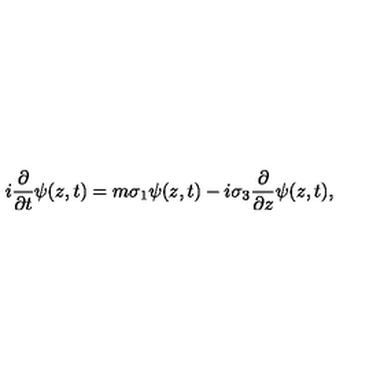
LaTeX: i \frac { \partial } { \partial t } \psi ( z , t ) = m \sigma _ { 1 } \psi ( z , t ) - i \sigma _ { 3 } \frac { \partial } { \partial z } \psi ( z , t ) ,